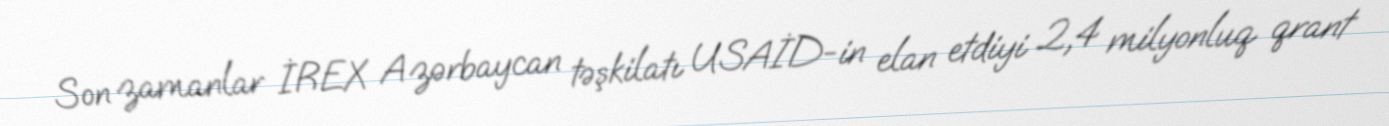
Son zamanlar İREX Azərbaycan təşkilatı USAİD-in elan etdiyi 2,4 milyonluq qrant